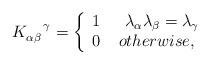
LaTeX: \begin{align*}K_{\alpha\beta}^{\ \ \ \gamma}=\left\{\begin{array}[c]{cc}1 & \ \ \lambda_{\alpha}\lambda_{\beta}=\lambda_{\gamma}\\0 & otherwise,\end{array}\right.\end{align*}